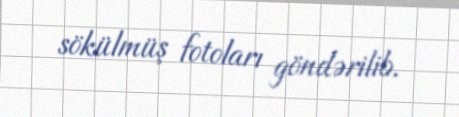
sökülmüş fotoları göndərilib.